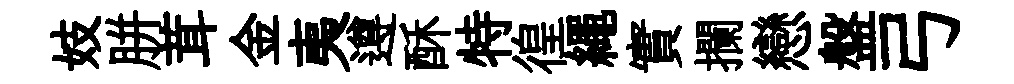
妓胼茸金夷遵酥特徨繩實攔戀盤弓